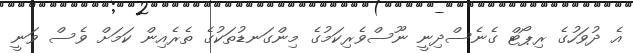
އެ ދުވަހުގެ ރިޕޯޓް ގެނެސްދިނީ ނޫސްވެރިކަމުގެ މިންގަނޑުތަކުގެ ތެރެއިން ކަމަށް ވެސް ވަނީ